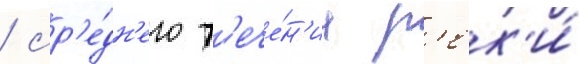
/ ср'е́дн'его т'ече́н'иа р'ек'и́